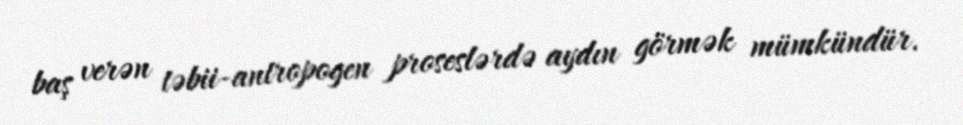
baş verən təbii-antropogen proseslərdə aydın görmək mümkündür.